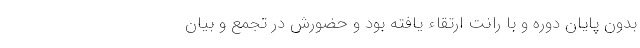
بدون پایان دوره و با رانت ارتقاء یافته بود و حضورش در تجمع و بیان